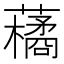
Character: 𮒬